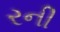
રની